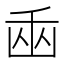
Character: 𠚏